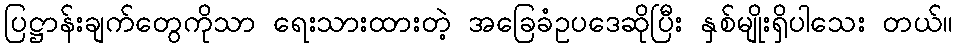
ပြဋ္ဌာန်းချက်တွေကိုသာ ရေးသားထားတဲ့ အခြေခံဥပဒေဆိုပြီး နှစ်မျိုးရှိပါသေး တယ်။